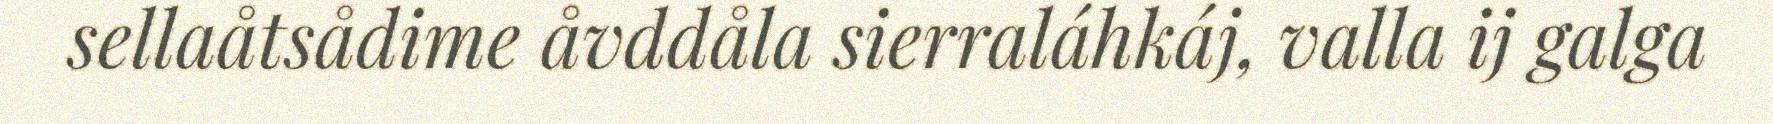
sellaåtsådime åvddåla sierraláhkáj, valla ij galga